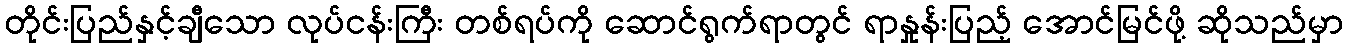
တိုင်းပြည်နှင့်ချီသော လုပ်ငန်းကြီး တစ်ရပ်ကို ဆောင်ရွက်ရာတွင် ရာနှုန်းပြည့် အောင်မြင်ဖို့ ဆိုသည်မှာ